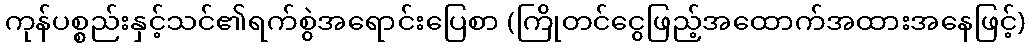
ကုန်ပစ္စည်းနှင့်သင်၏ရက်စွဲအရောင်းပြေစာ (ကြိုတင်ငွေဖြည့်အထောက်အထားအနေဖြင့်)